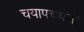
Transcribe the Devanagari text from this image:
चयापचयजों